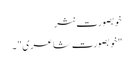
خوبصورت نثر
"خوبصورت شاعری" ۔